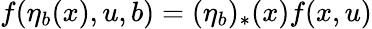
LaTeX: f(\eta_{b}(x),u,b)=(\eta_{b})_{*}(x)f(x,u)